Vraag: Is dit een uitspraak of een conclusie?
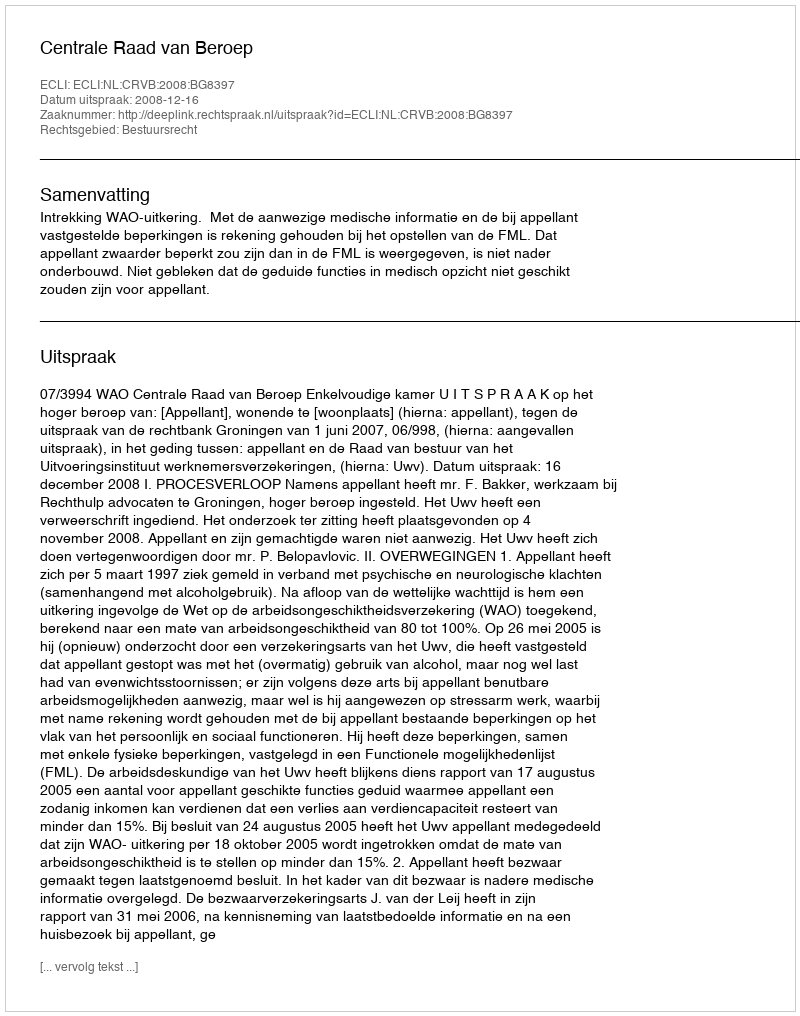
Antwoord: Uitspraak